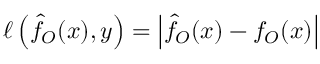
\ell \left( \hat { f } _ { O } ( x ) , y \right) = \left| \hat { f } _ { O } ( x ) - f _ { O } ( x ) \right|